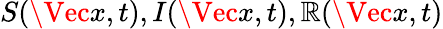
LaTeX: S(\Vec{x},t),I(\Vec{x},t),\mathbb{R}(\Vec{x},t)